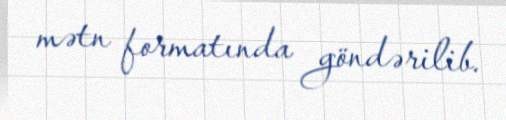
mətn formatında göndərilib.